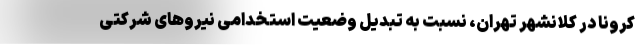
کرونا در کلانشهر تهران، نسبت به تبدیل وضعیت استخدامی نیروهای شرکتی